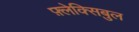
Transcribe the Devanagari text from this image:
फ़्लेक्सिबुल